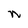
Character: n